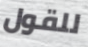
للقول